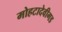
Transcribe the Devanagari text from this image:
मोहटादेवीगड